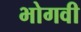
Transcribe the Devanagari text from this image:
भोगवी